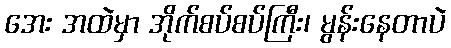
အေး အထဲမှာ အိုက်စပ်စပ်ကြီး၊ မွန်းနေတာပဲ